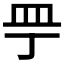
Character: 𰤲